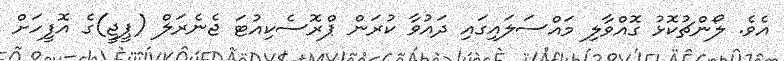
އެވެ. ލޯންޗުކޮޅު ގޮއްވާލި މައްސަލައިގައި ދައުވާ ކުރަން ޕްރޮސެކިއުޓަ ޖެނެރަލް (ޕީޖީ)ގެ އޮފީހަށް